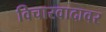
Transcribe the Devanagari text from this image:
विचारवादावर